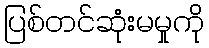
ပြစ်တင်ဆုံးမမှုကို